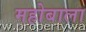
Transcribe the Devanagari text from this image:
महोबाला